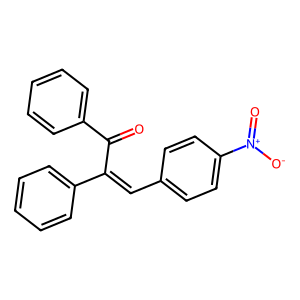
SMILES: O=C(C(=Cc1ccc([N+](=O)[O-])cc1)c1ccccc1)c1ccccc1
Inhibits HIV replication: No